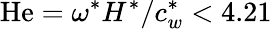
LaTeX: \mathrm{He}=\omega^{\ast}H^{\ast}/c_{w}^{\ast}<4.21